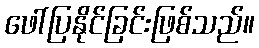
ဖေါ်ပြနိုင်ခြင်းဖြစ်သည်။